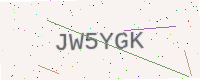
Text: JW5YGK